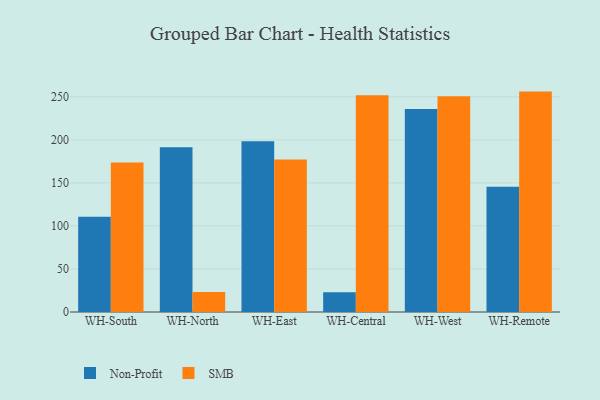
{"axis": {"x": "Warehouse", "y": "Energy Usage (MWh)"}, "legend": ["Non-Profit", "SMB"], "data": [{"x": "WH-South", "y": 110.6, "type": "Non-Profit"}, {"x": "WH-South", "y": 173.6, "type": "SMB"}, {"x": "WH-North", "y": 191.5, "type": "Non-Profit"}, {"x": "WH-North", "y": 23.1, "type": "SMB"}, {"x": "WH-East", "y": 198.3, "type": "Non-Profit"}, {"x": "WH-East", "y": 177.1, "type": "SMB"}, {"x": "WH-Central", "y": 22.9, "type": "Non-Profit"}, {"x": "WH-Central", "y": 251.8, "type": "SMB"}, {"x": "WH-West", "y": 236.0, "type": "Non-Profit"}, {"x": "WH-West", "y": 250.6, "type": "SMB"}, {"x": "WH-Remote", "y": 145.6, "type": "Non-Profit"}, {"x": "WH-Remote", "y": 256.1, "type": "SMB"}]}